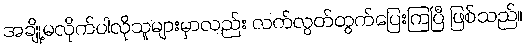
အချို့မလိုက်ပါလိုသူများမှာလည်း လက်လွတ်ထွက်ပြေးကြပြီ ဖြစ်သည်။